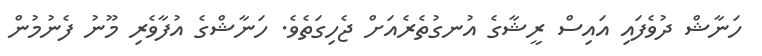
ހަނާޝް ދުވެފައި އައިސް ރީޝާގެ އުނގުތެރެއަށް ޖެހިގަތެވެ. ހަނާޝްގެ އުފާވެރި މޫނު ފެނުމުން